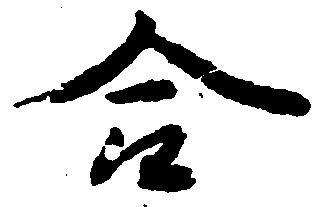
合